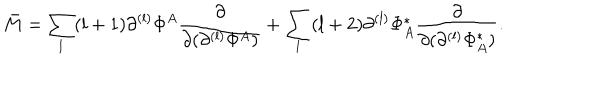
\bar { M } = \sum _ { l } ( l + 1 ) \partial ^ { ( l ) } \Phi ^ { A } \frac { \partial } { \partial ( \partial ^ { ( l ) } \Phi ^ { A } ) } + \sum _ { l } ( l + 2 ) \partial ^ { ( l ) } \Phi _ { A } ^ { * } \frac { \partial } { \partial ( \partial ^ { ( l ) } \Phi _ { A } ^ { * } ) } .